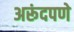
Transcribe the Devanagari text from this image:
अरूंदपणे